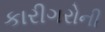
કારીગરોની